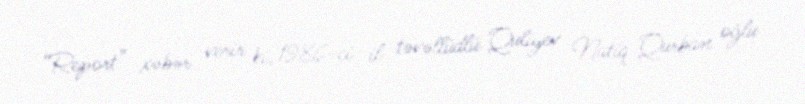
“Report” xəbər verir ki, 1986-ci il təvəllüdlü Quliyev Natiq Qurban oğlu